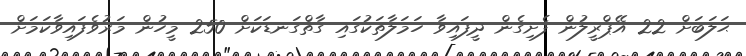
ޙަލަބަށް 22 އޭޕްރީލުން ފެށިގެން ދީފައިވާ ހަމަލާތަކުގައި ގާތްގަނޑަކަށް 250 މީހުން މަރުވެފައިވާކަމަށް